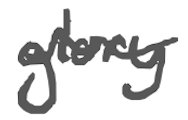
Text: glory
Cross-out: wave
Writing tool: digital_gray